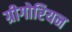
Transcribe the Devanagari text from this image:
ग्रीगोरियन